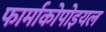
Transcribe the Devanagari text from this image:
फार्माकोपोइयल